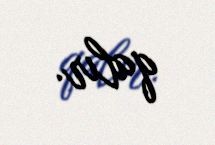
qalır.